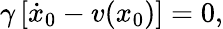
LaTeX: \begin{array}{r}{\gamma\left[\dot{x}_{0}-v(x_{0})\right]=0,}\end{array}